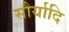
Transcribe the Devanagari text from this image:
सौर्यादि